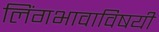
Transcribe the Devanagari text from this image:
लिंगभावाविषयी